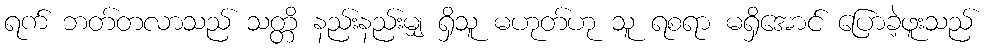
ရက် ဘတ်တလာသည် သတ္တိ နည်းနည်းမျှ ရှိသူ မဟုတ်ဟု သူ ရစရာ မရှိအောင် ပြောခဲ့ဖူးသည်